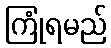
ကြုံရမည်